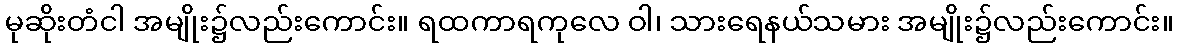
မုဆိုးတံငါ အမျိုး၌လည်းကောင်း။ ရထကာရကုလေ ဝါ၊ သားရေနယ်သမား အမျိုး၌လည်းကောင်း။